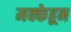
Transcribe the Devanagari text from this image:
मक्केहून